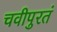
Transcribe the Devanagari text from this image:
चवीपुरतं